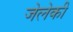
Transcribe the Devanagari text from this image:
जेलेकी